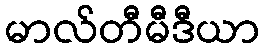
မာလ်တီမီဒီယာ